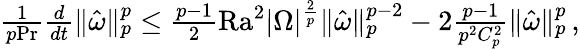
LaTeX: \begin{array}{r}{\frac{1}{p\mathrm{{Pr}}}\frac{d}{dt}\| \hat{\omega}\| _{p}^{p}\leq\frac{p-1}{2}\mathrm{{Ra}}^{2}|\Omega|^{\frac{2}{p}}\| \hat{\omega}\| _{p}^{p-2}-2\frac{p-1}{p^{2}C_{p}^{2}}\| \hat{\omega}\| _{p}^{p}\, ,}\end{array}